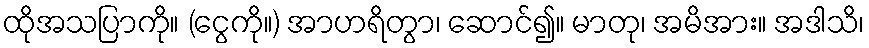
ထိုအသပြာကို။ (ငွေကို။) အာဟရိတွာ၊ ဆောင်၍။ မာတု၊ အမိအား။ အဒါသိ၊